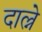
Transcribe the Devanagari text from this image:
दाल्ने